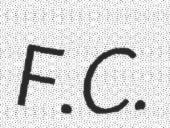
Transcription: F.C.